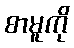
စာမူကို